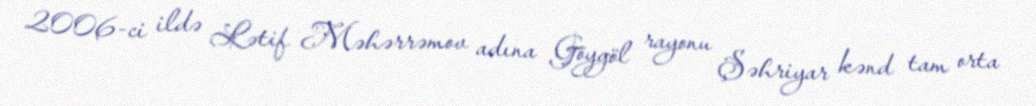
2006-ci ildə Lətif Məhərrəmov adına Göygöl rayonu Şəhriyar kənd tam orta